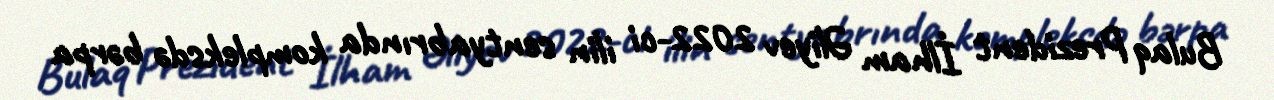
Bulaq Prezident İlham Əliyev 2022-ci ilin sentyabrında kompleksdə bərpa